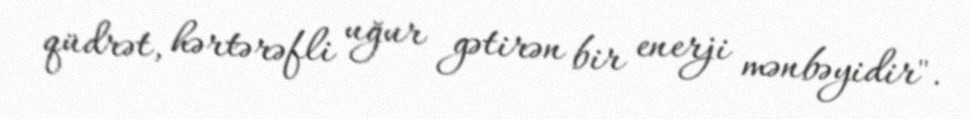
qüdrət, hərtərəfli uğur gətirən bir enerji mənbəyidir".